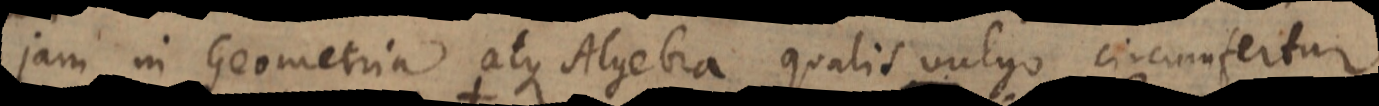
jam in Geometria atque Algebra qualis vulgo circumfertur